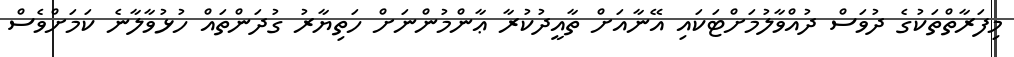
މިފަރާތްތަކުގެ ދުވަސް ދުއްވާލުމަށްޓަކައި އޭނާއަށް ތާއީދުކުރާ ޢާންމުންނަށް ހަތިޔާރު ގުދަންތައް ހުޅުވާލާނެ ކަމަށްވެސް